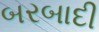
બરબાદી